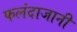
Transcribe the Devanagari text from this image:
फलंदाजानी